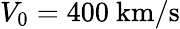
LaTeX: V_{0}=400~\mathrm{km/s}